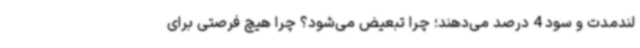
لندمدت و سود 4 درصد می‌دهند؛ چرا تبعیض می‌شود؟ چرا هیچ فرصتی برای